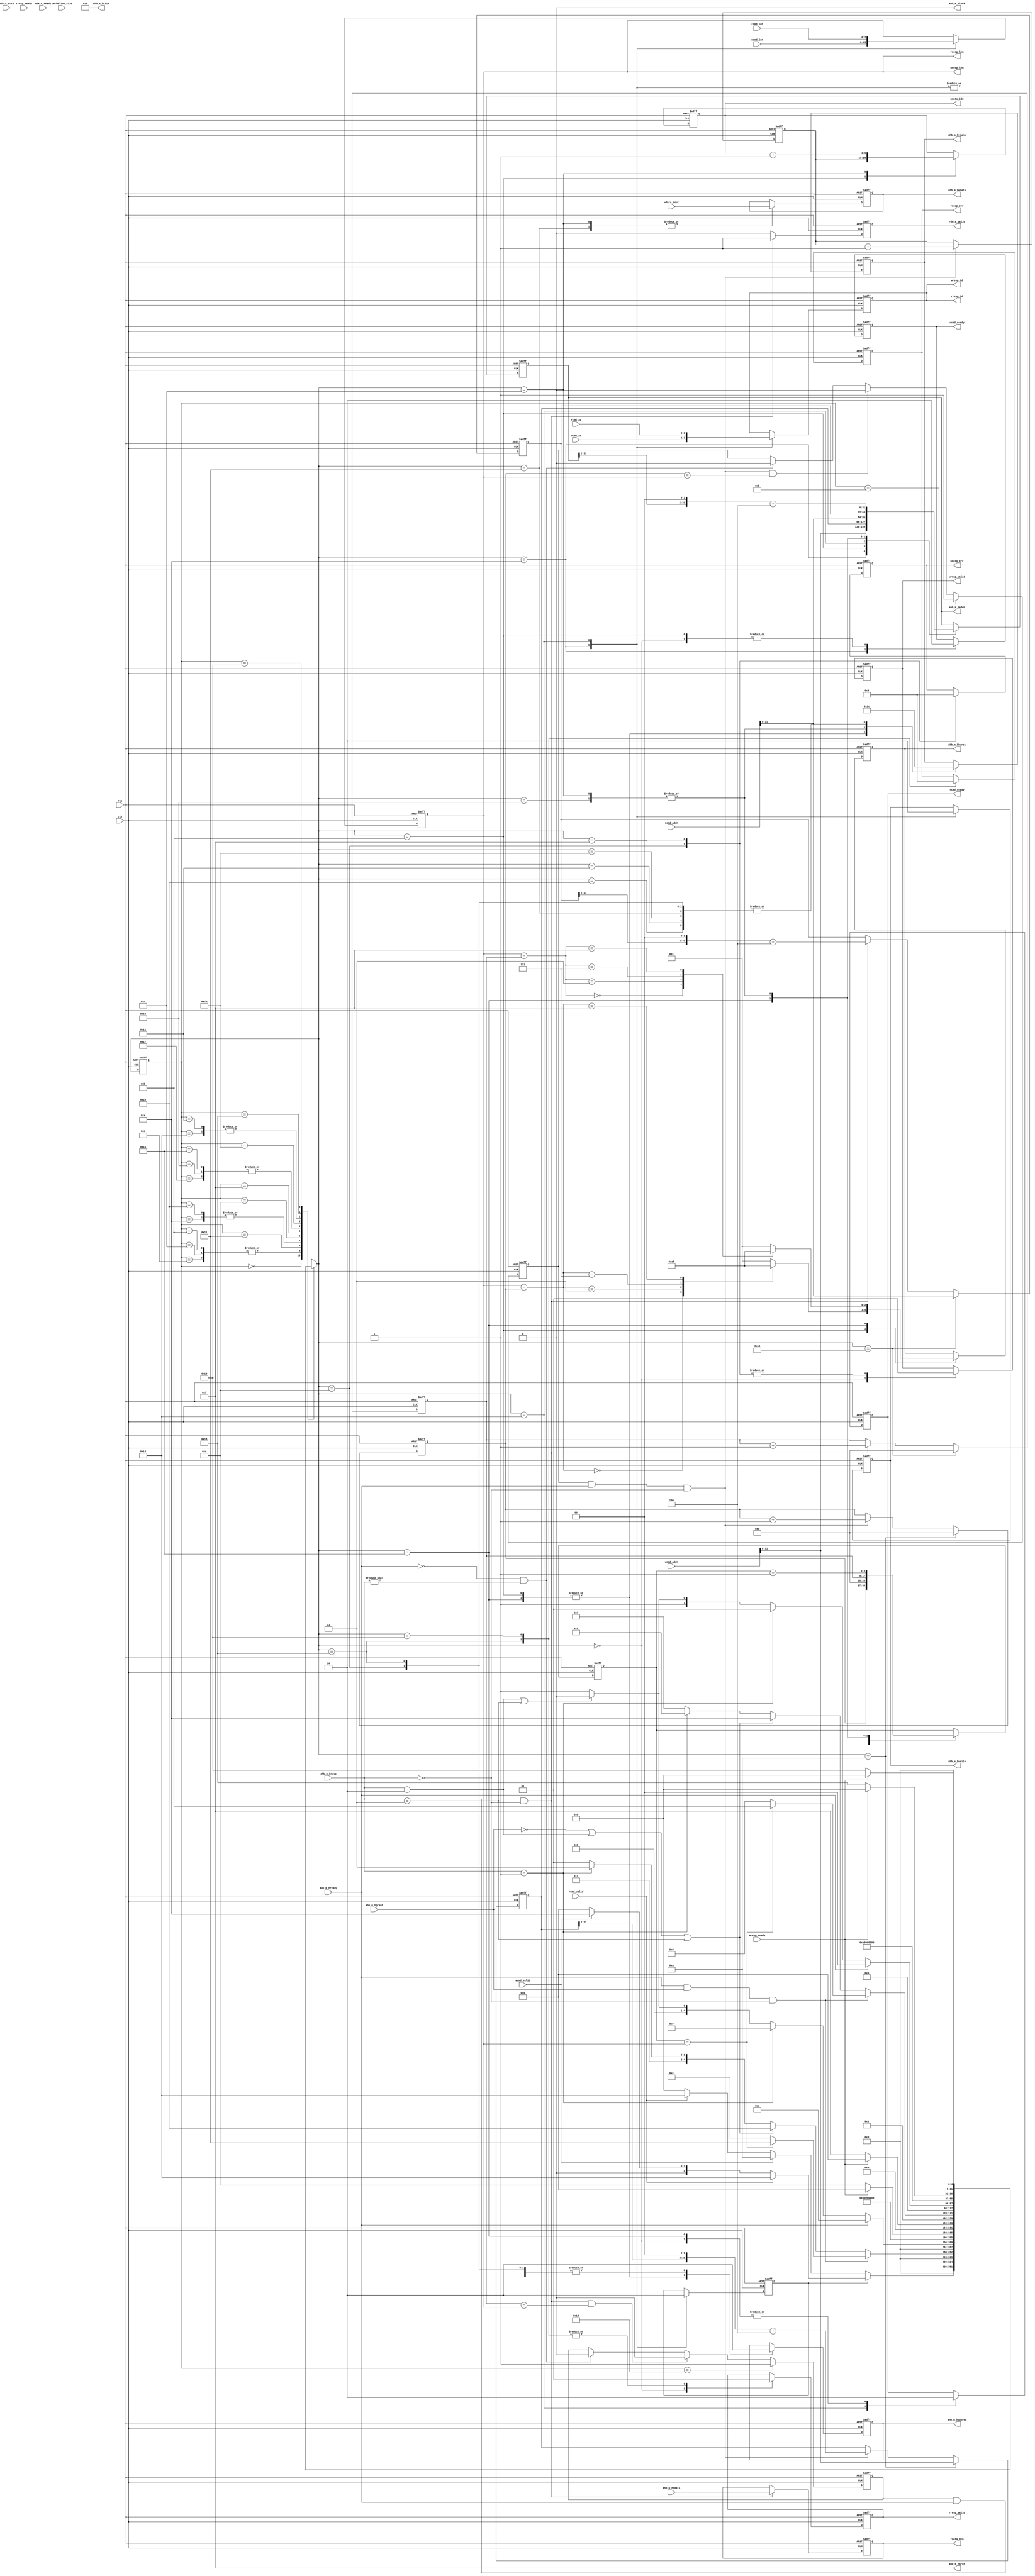
module grpci2_master_ctrl(
	input clk,
	input rst,

	input ahb_m_hgrant,
	input ahb_m_hready,
	input [1:0] ahb_m_hresp,
	input [31:0] ahb_m_hrdata,
	output ahb_m_hbusreq,
	output ahb_m_hlock,
	output [1:0] ahb_m_htrans,
	output [31:0] ahb_m_haddr,
	output ahb_m_hwrite,
	output [2:0] ahb_m_hsize,
	output [2:0] ahb_m_hburst,
	output [3:0] ahb_m_hprot,
	output [31:0] ahb_m_hwdata,

	output [9:0] wdata_idx,
	input [31:0] wdata_dout,
	input [3:0] wdata_strb,

	input [3:0] wcmd_id,
	input [7:0] wcmd_len,
	input [63:0] wcmd_addr,
	input wcmd_valid,
	output wcmd_ready,

	output [3:0] wresp_id,
	output [7:0] wresp_len,
	output [1:0] wresp_err,
	output wresp_valid,
	input wresp_ready,

	input [3:0] rcmd_id,
	input [7:0] rcmd_len,
	input [63:0] rcmd_addr,
	input rcmd_valid,
	output rcmd_ready,

	output [3:0] rresp_id,
	output [7:0] rresp_len,
	output [1:0] rresp_err,
	output rresp_valid,
	input rresp_ready,

	output [31:0] rdata_din,
	output rdata_valid,
	input rdata_ready,

	input [7:0] cacheline_size
);

localparam AXI_OK = 0, AXI_EXOK = 1, AXI_SLVERR = 2, AXI_DECERR = 3;
localparam AHB_IDLE=2'b00, AHB_BUSY=2'b01, AHB_NONSEQ=2'b10, AHB_SEQ=2'b11;
localparam AHB_OKAY=2'b00, AHB_ERROR=2'b01, AHB_RETRY=2'b10, AHB_SPLT=2'b11;
localparam AHB_SINGLE=3'b000, AHB_INCR=3'b001, 
	AHB_WRAP4  =3'b010, AHB_INCR4  =3'b011,
	AHB_WRAP8  =3'b100, AHB_INCR8  =3'b101,
	AHB_WRAP16 =3'b110, AHB_INCR16 =3'b111;
localparam AHB_8BIT=3'b000, AHB_16BIT=3'b001, AHB_32BIT=3'b010;

reg [31:0] haddr_r;
reg hbusreq_r;
reg hwrite_r;
reg [1:0] htrans_r;
reg [2:0] hsize_r;
reg [31:0] hwdata_r;
reg [2:0] hburst_r;

reg wcmd_ready_r;
reg [1:0] wresp_err_r;
reg wresp_valid_r;
reg rcmd_ready_r;
reg [1:0] rresp_err_r;
reg rresp_valid_r;
reg [31:0] rdata_din_r;
reg rdata_valid_r;

reg [3:0] id;
reg [7:0] length_m1;
reg [8:0] count;
reg write_cycle;
reg [9:0] idx_r;

reg write_data_valid;
reg [31:0] write_ack_addr;
reg [9:0] write_ack_idx;
reg [8:0] write_ack_cnt;

reg read_data_valid;
reg [31:0] read_ack_addr;
reg [8:0] read_ack_cnt;

assign wdata_idx = idx_r;

assign wcmd_ready = wcmd_ready_r;
assign wresp_id = id;
assign wresp_len = length_m1;
assign wresp_err = wresp_err_r;
assign wresp_valid = wresp_valid_r;
assign rcmd_ready = rcmd_ready_r;
assign rresp_id = id;
assign rresp_len = length_m1;
assign rresp_err = rresp_err_r;
assign rresp_valid = rresp_valid_r;
assign rdata_din = rdata_din_r;
assign rdata_valid = rdata_valid_r;

assign ahb_m_hbusreq = hbusreq_r;
assign ahb_m_hlock = 1'b0;
assign ahb_m_htrans = htrans_r;
assign ahb_m_haddr = haddr_r;
assign ahb_m_hwrite = hwrite_r;
assign ahb_m_hsize = hsize_r;
assign ahb_m_hburst = hburst_r;
assign ahb_m_hprot = 4'b1111;
assign ahb_m_hwdata = hwdata_r;

integer s1, s1_next;

localparam S1_IDLE=0, 
	S1_WRITE_INIT=10, S1_WRITE_NONSEQ=11, S1_WRITE_SEQ=12, 
	S1_WRITE_WAIT=13, S1_WRITE_DONE=14, S1_WRITE_FAIL=15, 
	S1_WRITE_RETRY=16,S1_WRITE_LAST=17,
	S1_READ_INIT=20, S1_READ_NONSEQ=21, S1_READ_SEQ=22,
	S1_READ_WAIT=23, S1_READ_DONE=24, S1_READ_FAIL=25,
	S1_READ_RETRY=26, S1_READ_LAST=27;

always @(posedge clk, posedge rst)
begin
	if(rst)
		s1 <= S1_IDLE;
	else
		s1 <= s1_next;
end

always @(*)
begin
	case(s1)
		S1_IDLE: begin
			if(write_cycle)
				if(rcmd_valid)
					s1_next = S1_READ_INIT;
				else if(wcmd_valid)
					s1_next = S1_WRITE_INIT;
				else
					s1_next = S1_IDLE;
			else
				if(wcmd_valid)
					s1_next = S1_WRITE_INIT;
				else if(rcmd_valid)
					s1_next = S1_READ_INIT;
				else
					s1_next = S1_IDLE;
		end
		S1_WRITE_INIT: begin
			s1_next = S1_WRITE_NONSEQ;
		end
		S1_WRITE_NONSEQ, S1_WRITE_SEQ, S1_WRITE_WAIT: begin
			if(ahb_m_hready &&  ahb_m_hgrant && ahb_m_hresp==AHB_OKAY)
				if(count == length_m1)
					s1_next = S1_WRITE_LAST;
				else
					s1_next = S1_WRITE_SEQ;
			else if(!ahb_m_hgrant || ahb_m_hresp == AHB_RETRY || ahb_m_hresp == AHB_SPLT)
				s1_next = S1_WRITE_RETRY;
			else if(ahb_m_hresp == AHB_ERROR)
				s1_next = S1_WRITE_FAIL;
			else
				s1_next = S1_WRITE_WAIT;
		end
		S1_WRITE_LAST: begin
			if(ahb_m_hready) 
				s1_next = S1_WRITE_DONE;
			else if(ahb_m_hresp==AHB_ERROR)
				s1_next = S1_WRITE_FAIL;
			else if(ahb_m_hresp==AHB_RETRY || ahb_m_hresp==AHB_SPLT)
				s1_next = S1_WRITE_RETRY;
			else
				s1_next = S1_WRITE_LAST;
		end
		S1_WRITE_RETRY: begin
			s1_next = S1_WRITE_NONSEQ;
		end
		S1_WRITE_DONE: begin
			if(wresp_ready)
				s1_next = S1_IDLE;
			else
				s1_next = S1_WRITE_DONE;
		end
		S1_WRITE_FAIL: begin
			if(wresp_ready)
				s1_next = S1_IDLE;
			else
				s1_next = S1_WRITE_FAIL;
		end
		S1_READ_INIT: begin
			s1_next = S1_READ_NONSEQ;
		end
		// FIXME: insert wait state when read fifo full
		S1_READ_NONSEQ, S1_READ_SEQ, S1_READ_WAIT: begin
			if(ahb_m_hready &&  ahb_m_hgrant && ahb_m_hresp==AHB_OKAY)
				if(count == length_m1)
					s1_next = S1_READ_LAST;
				else
					s1_next = S1_READ_SEQ;
			else if(!ahb_m_hgrant || ahb_m_hresp == AHB_RETRY || ahb_m_hresp == AHB_SPLT)
				s1_next = S1_READ_RETRY;
			else if(ahb_m_hresp == AHB_ERROR)
				s1_next = S1_READ_FAIL;
			else
				s1_next = S1_READ_WAIT;
		end
		S1_READ_LAST: begin
			if(ahb_m_hready) 
				s1_next = S1_READ_DONE;
			else if(ahb_m_hresp==AHB_ERROR)
				s1_next = S1_READ_FAIL;
			else if(ahb_m_hresp==AHB_RETRY || ahb_m_hresp==AHB_SPLT)
				s1_next = S1_READ_RETRY;
			else
				s1_next = S1_READ_LAST;
		end
		S1_READ_RETRY: begin
			s1_next = S1_READ_NONSEQ;
		end
		S1_READ_DONE: begin
			if(wresp_ready)
				s1_next = S1_IDLE;
			else
				s1_next = S1_READ_DONE;
		end
		S1_READ_FAIL: begin
			if(wresp_ready)
				s1_next = S1_IDLE;
			else
				s1_next = S1_READ_FAIL;
		end
		default: begin
			s1_next = 'bx;
		end
	endcase
end

always @(posedge clk, posedge rst)
begin
	if(rst) begin
		id <= 'bx;
		length_m1 <= 'bx;
		wcmd_ready_r <= 1'b0;
		write_cycle <= 1'b0;
		haddr_r <= 'bx;
		hbusreq_r <= 1'b0;
		hwrite_r <= 1'bx;
		hburst_r <= 'bx;
		count <= 'bx;
		htrans_r <= AHB_IDLE;
		hwdata_r <= 'bx;
		wresp_valid_r <= 1'b0;
		wresp_err_r <= 'b0;

		rcmd_ready_r <= 1'b0;
		rresp_valid_r <= 1'b0;
		rresp_err_r <= 'b0;

		idx_r <= 0;
	end
	else case(s1_next)
		S1_IDLE: begin
			wcmd_ready_r <= 1'b0;
			wresp_valid_r <= 1'b0;
			rcmd_ready_r <= 1'b0;
			rresp_valid_r <= 1'b0;
		end
		S1_WRITE_INIT: begin
			id <= wcmd_id;
			length_m1 <= wcmd_len;
			wcmd_ready_r <= 1'b1;
			write_cycle <= 1'b1;
			haddr_r <= wcmd_addr;
			hwrite_r <= 1'b1;
			count <= 'b0;
		end
		S1_WRITE_NONSEQ: begin
			wcmd_ready_r <= 1'b0;
			haddr_r <= write_ack_addr;
			hbusreq_r <= 1'b1;
			htrans_r <= AHB_NONSEQ;
			count <= write_ack_cnt;
			idx_r <= write_ack_idx;
			case(length_m1 - write_ack_cnt)
				8'd0: hburst_r <= AHB_SINGLE;
				8'd3: hburst_r <= AHB_INCR4;
				8'd7: hburst_r <= AHB_INCR8;
				8'd15: hburst_r <= AHB_INCR16;
				default: hburst_r <= AHB_INCR;
			endcase
		end
		S1_WRITE_SEQ: begin
			htrans_r <= AHB_SEQ;
			haddr_r <= {haddr_r[31:2],2'b00}+4;

			// data of previous beat
			hwdata_r <= wdata_dout;
			count <= count+1;
			idx_r <= idx_r+1;
		end
		S1_WRITE_RETRY: begin
			hbusreq_r <= 1'b0;
			htrans_r <= AHB_IDLE;
		end
		S1_WRITE_WAIT: begin
		end
		S1_WRITE_LAST: begin
			htrans_r <= AHB_IDLE;
			hwdata_r <= wdata_dout;
		end
		S1_WRITE_DONE: begin
			htrans_r <= AHB_IDLE;
			hbusreq_r <= 1'b0;
			wresp_valid_r <= 1'b1;
			wresp_err_r <= AXI_OK;
		end
		S1_WRITE_FAIL: begin
			wresp_valid_r <= 1'b1;
			wresp_err_r <= AXI_DECERR;
		end
		S1_READ_INIT: begin
			id <= rcmd_id;
			length_m1 <= rcmd_len;
			rcmd_ready_r <= 1'b1;
			write_cycle <= 1'b0;
			haddr_r <= rcmd_addr;
			hwrite_r <= 1'b0;
			count <= 'b0;
		end
		S1_READ_NONSEQ: begin
			rcmd_ready_r <= 1'b0;
			haddr_r <= read_ack_addr;
			hbusreq_r <= 1'b1;
			htrans_r <= AHB_NONSEQ;
			count <= read_ack_cnt;
			case(length_m1 - read_ack_cnt)
				8'd0: hburst_r <= AHB_SINGLE;
				8'd3: hburst_r <= AHB_INCR4;
				8'd7: hburst_r <= AHB_INCR8;
				8'd15: hburst_r <= AHB_INCR16;
				default: hburst_r <= AHB_INCR;
			endcase
		end
		S1_READ_SEQ: begin
			htrans_r <= AHB_SEQ;
			haddr_r <= {haddr_r[31:2],2'b00}+4;

			count <= count+1;
		end
		S1_READ_RETRY: begin
			hbusreq_r <= 1'b0;
			htrans_r <= AHB_IDLE;
		end
		S1_READ_WAIT: begin
		end
		S1_READ_LAST: begin
			htrans_r <= AHB_IDLE;
		end
		S1_READ_DONE: begin
			htrans_r <= AHB_IDLE;
			hbusreq_r <= 1'b0;
			rresp_valid_r <= 1'b1;
			rresp_err_r <= AXI_OK;
		end
		S1_READ_FAIL: begin
			rresp_valid_r <= 1'b1;
			rresp_err_r <= AXI_DECERR;
		end
	endcase
end

always @(*)
begin
	// FIXME: AHB does not handle byte srobe properly
	/*
	if(write_cycle)
		case(wdata_strb)
			4'b0001,4'b0010,4'b0100,4'b1000: hsize_r = AHB_8BIT;
			4'b0011,4'b1100: hsize_r = AHB_16BIT;
			4'b1111: hsize_r = AHB_32BIT;
			default: hsize_r = 'bx;
		endcase
	else
	*/
		hsize_r = AHB_32BIT;
end

always @(posedge clk, posedge rst)
begin
	if(rst) 
		write_data_valid <= 1'b0;
	else if(s1==S1_WRITE_NONSEQ)
		write_data_valid <= 1'b1;
	else if(write_data_valid && ahb_m_hready && ahb_m_hresp==AHB_OKAY && write_ack_cnt==length_m1)
		write_data_valid <= 1'b0;
	else if(!ahb_m_hready && ahb_m_hresp!=AHB_OKAY)
		write_data_valid <= 1'b0;
end

always @(posedge clk, posedge rst)
begin
	if(rst) begin
		write_ack_cnt <= 1'b0;
		write_ack_addr <= 'bx;
	end
	else if(s1_next==S1_WRITE_INIT) begin
		write_ack_cnt <= 0;
		write_ack_addr <= wcmd_addr;
	end
	else if(write_data_valid && ahb_m_hready && ahb_m_hresp==AHB_OKAY) begin
		write_ack_cnt <= write_ack_cnt+1;
		write_ack_addr <= {write_ack_addr[31:2],2'b00}+4;
	end
end

always @(posedge clk, posedge rst)
begin
	if(rst) begin
		write_ack_idx <= 'b0;
	end
	else if(write_data_valid && ahb_m_hready && ahb_m_hresp==AHB_OKAY) begin
		write_ack_idx <= write_ack_idx+1;
	end
end

always @(posedge clk, posedge rst)
begin
	if(rst) 
		read_data_valid <= 1'b0;
	else if(s1==S1_READ_NONSEQ)
		read_data_valid <= 1'b1;
	else if(read_data_valid && ahb_m_hready && ahb_m_hresp==AHB_OKAY && read_ack_cnt==length_m1)
		read_data_valid <= 1'b0;
	else if(!ahb_m_hready && ahb_m_hresp!=AHB_OKAY)
		read_data_valid <= 1'b0;
end

always @(posedge clk, posedge rst)
begin
	if(rst) begin
		read_ack_cnt <= 1'b0;
		read_ack_addr <= 'bx;
	end
	else if(s1_next==S1_READ_INIT) begin
		read_ack_cnt <= 0;
		read_ack_addr <= rcmd_addr;
	end
	else if(read_data_valid && ahb_m_hready && ahb_m_hresp==AHB_OKAY) begin
		read_ack_cnt <= read_ack_cnt+1;
		read_ack_addr <= {read_ack_addr[31:2],2'b00}+4;
	end
end

always @(posedge clk, posedge rst)
begin
	if(rst) begin
		rdata_valid_r <= 1'b0;
		rdata_din_r <= 'bx;
	end
	else if(read_data_valid && ahb_m_hready && ahb_m_hresp==AHB_OKAY) begin
		rdata_valid_r <= 1'b1;
		rdata_din_r <= ahb_m_hrdata;
	end
	else begin
		rdata_valid_r <= 1'b0;
	end
end

endmodule